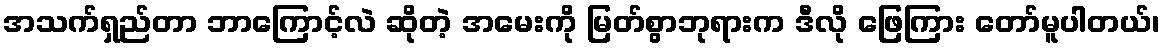
အသက်ရှည်တာ ဘာကြောင့်လဲ ဆိုတဲ့ အမေးကို မြတ်စွာဘုရားက ဒီလို ဖြေကြား တော်မူပါတယ်၊